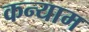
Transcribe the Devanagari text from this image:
कन्याम